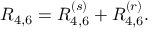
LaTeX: R _ { 4 , 6 } = R _ { 4 , 6 } ^ { ( s ) } + R _ { 4 , 6 } ^ { ( r ) } .